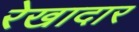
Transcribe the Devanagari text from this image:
रेखादार